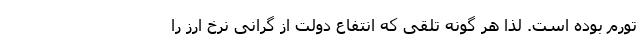
تورم بوده است. لذا هر گونه تلقی که انتفاع دولت از گرانی نرخ ارز را